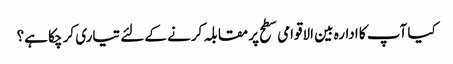
کیا آپ کا ادارہ بین الاقوامی سطح پر مقابلہ کرنے کے لئے تیاری کر چکا ہے؟